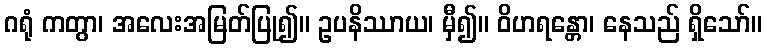
ဂရုံ ကတွာ၊ အလေးအမြတ်ပြု၍။ ဥပနိဿာယ၊ မှီ၍။ ဝိဟရန္တော၊ နေသည် ရှိသော်။